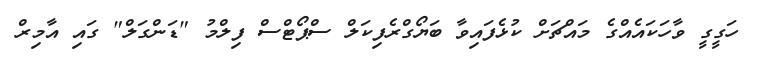
ހަގީގީ ވާހަކައެއްގެ މައްޗަށް ކުޅެފައިވާ ބަޔޯގްރެފިކަލް ސްޕޯޓްސް ފިލްމު "ޑަންގަލް" ގައި އާމިރް